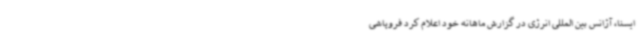
ایسنا، آژانس بین المللی انرژی در گزارش ماهانه خود اعلام کرد فروپاشی